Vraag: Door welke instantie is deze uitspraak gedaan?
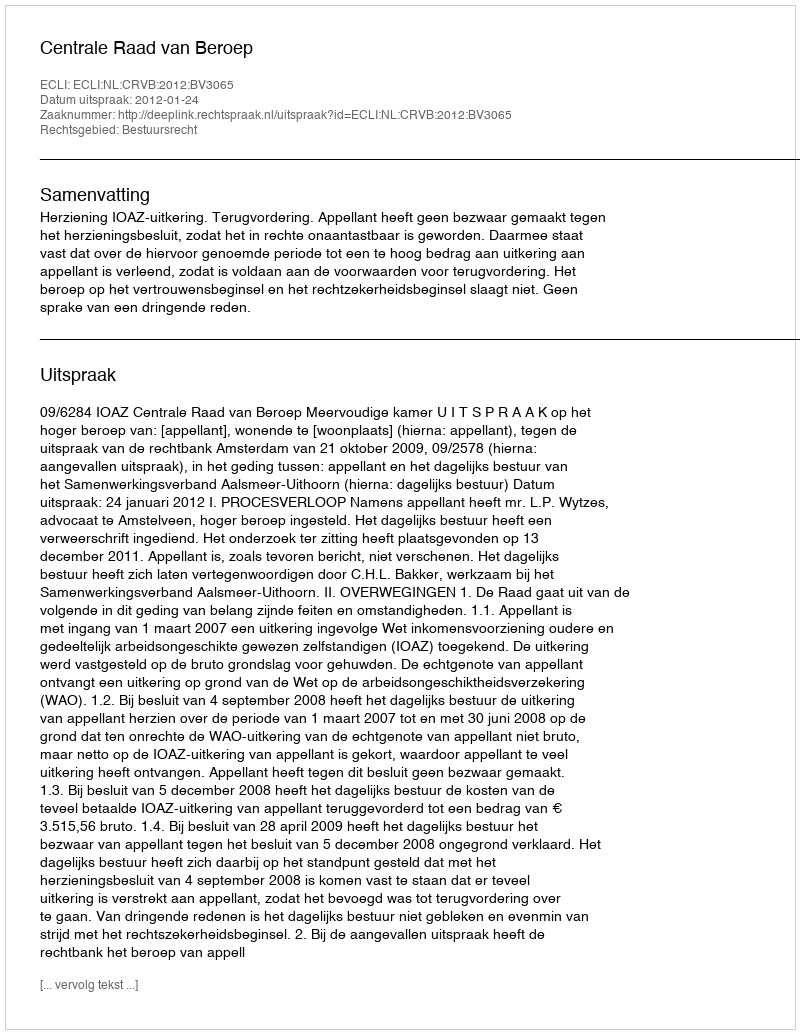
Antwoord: Centrale Raad van Beroep